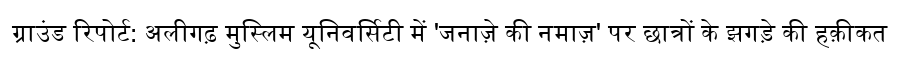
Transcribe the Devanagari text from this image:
ग्राउंड रिपोर्ट: अलीगढ़ मुस्लिम यूनिवर्सिटी में 'जनाज़े की नमाज़' पर छात्रों के झगड़े की हक़ीकत